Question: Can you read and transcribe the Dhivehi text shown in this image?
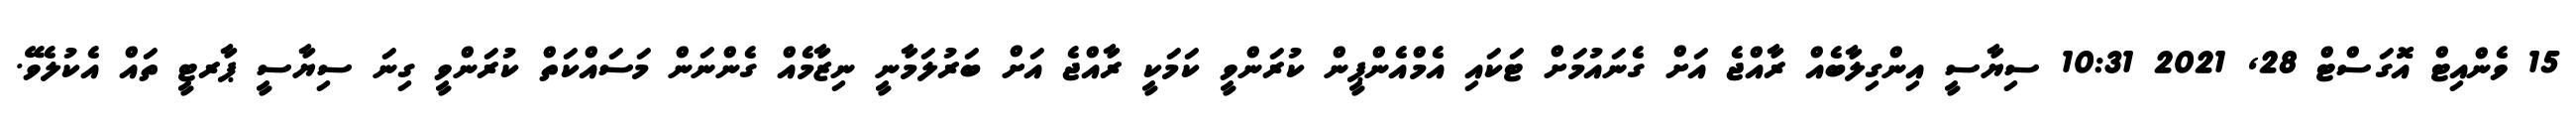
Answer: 15 ވެންއިޓް އޮގަސްޓް 28, 2021 10:31 ސިޔާސީ އިންގިލާބެއް ރާއްޖެ އަށް ގެނައުމަށް ޓަކައި އެމްއެންޕީން ކުރަންވީ ކަމަކީ ރާއްޖެ އަށް ބަރުލަމާނީ ނިޒާމެއް ގެންނަން މަސައްކަތް ކުރަންވީ ގިނަ ސިޔާސީ ޕާރޓީ ތައް އެކުލެވޭ.